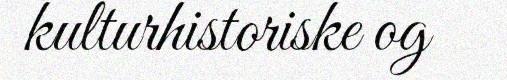
kulturhistoriske og